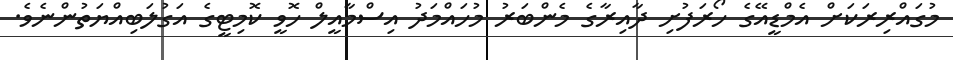
މުގައްރިރަކަށް އެމްޑީއޭގެ ހޯރަފުށި ދާއިރާގެ މެންބަރު މުހައްމަދު އިސްމާއީލް ހޮވީ ކޮމިޓީގެ އަގުލަބިއްޔަތުންނެެވެ.